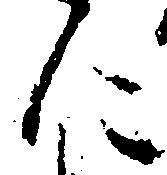
に